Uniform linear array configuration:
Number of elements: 64
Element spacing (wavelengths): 0.75
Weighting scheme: hann
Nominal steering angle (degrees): -60
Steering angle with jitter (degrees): -60.618
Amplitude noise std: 0.05
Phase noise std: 0.05

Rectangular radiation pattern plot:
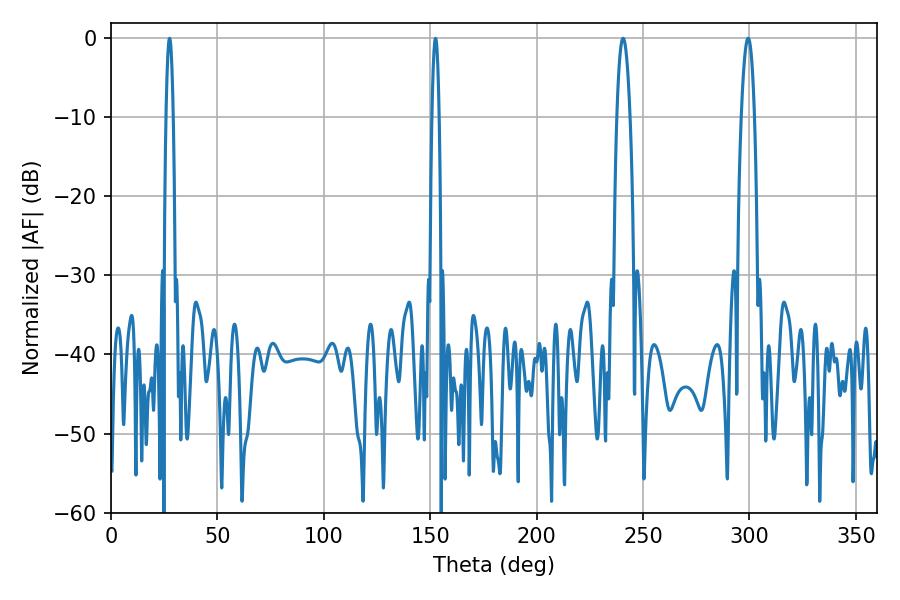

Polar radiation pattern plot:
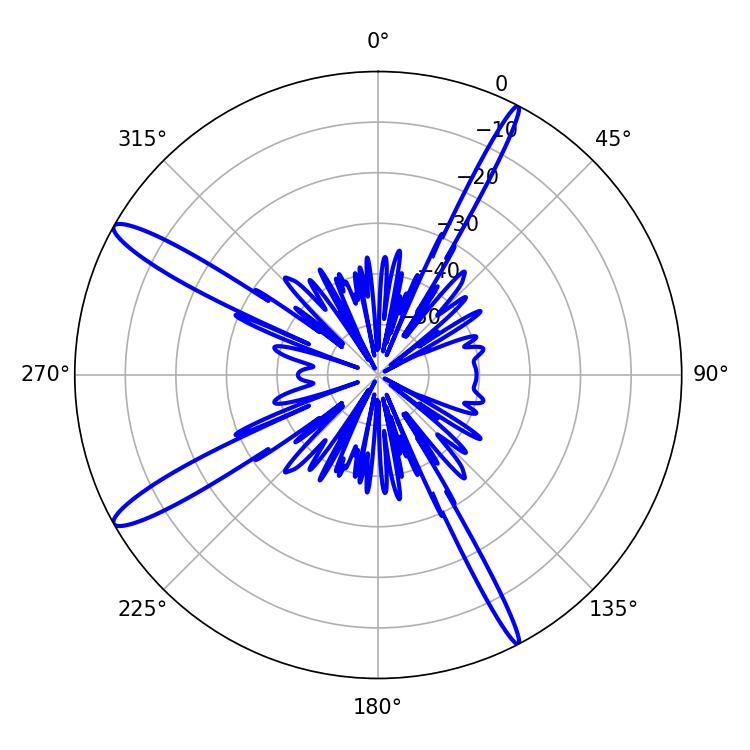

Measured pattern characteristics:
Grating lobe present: TRUE
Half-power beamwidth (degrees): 3.24
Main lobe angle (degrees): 240.66